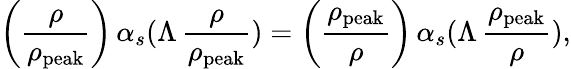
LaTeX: \left(\frac{\rho}{\rho_{\mathrm{peak}}}\right)\, \alpha_{s}(\Lambda\, \frac{\rho}{\rho_{\mathrm{peak}}})=\left(\frac{\rho_{\mathrm{peak}}}{\rho}\right)\, \alpha_{s}(\Lambda\, \frac{\rho_{\mathrm{peak}}}{\rho}),